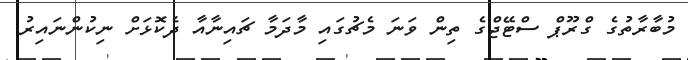
މުބާރާތުގެ ގްރޫޕް ސްޓޭޖްގެ ތިން ވަނަ މެޗުގައި މާދަމާ ޗައިނާއާ ދެކޮޅަށް ނިކުންނައިރު